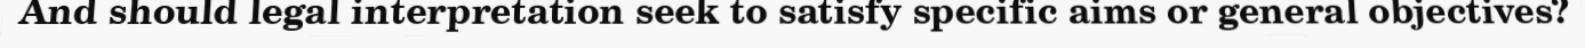
And should legal interpretation seek to satisfy specific aims or general objectives?